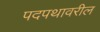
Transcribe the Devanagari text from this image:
पदपथावरील